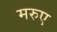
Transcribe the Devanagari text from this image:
मरुए